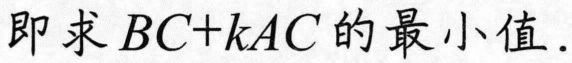
即求 \(BC + kAC\) 的最小值.